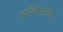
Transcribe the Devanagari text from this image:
बलिस्तान